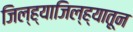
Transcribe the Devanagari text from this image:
जिल्ह्याजिल्ह्यातून